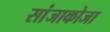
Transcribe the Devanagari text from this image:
सांजाकोजा